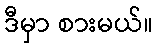
ဒီမှာ စားမယ်။